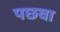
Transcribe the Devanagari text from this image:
पछवा